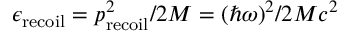
\epsilon _ { \mathrm { r e c o i l } } = p _ { \mathrm { r e c o i l } } ^ { 2 } / 2 M = ( \hbar \omega ) ^ { 2 } / 2 M c ^ { 2 }